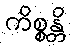
ကိစ္စန္တိ